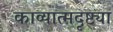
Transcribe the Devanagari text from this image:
काव्यात्मदृष्ट्या